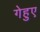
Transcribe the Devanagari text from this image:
गेहुए